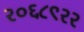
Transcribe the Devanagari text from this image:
२०६८९२२